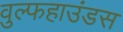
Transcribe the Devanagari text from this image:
वुल्फहाउंडस